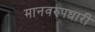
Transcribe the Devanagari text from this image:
मानवरुपधारी